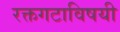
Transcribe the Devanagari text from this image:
रक्तगटाविषयी